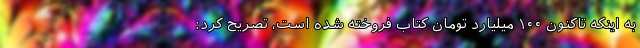
به اینکه تاکنون ۱۰۰ میلیارد تومان کتاب فروخته شده است، تصریح کرد: